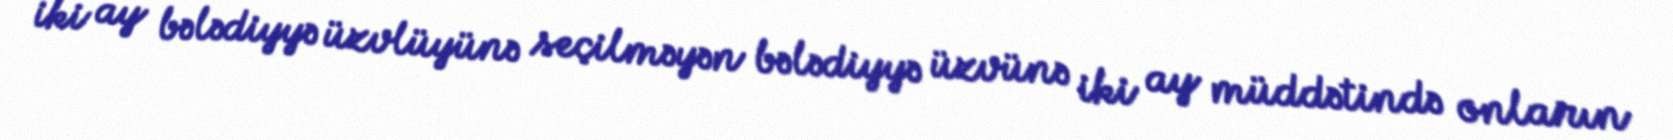
iki ay bələdiyyə üzvlüyünə seçilməyən bələdiyyə üzvünə iki ay müddətində onların